Plague in India, 1896, 1897 - Volume 1
Year: 1896
Disease focus: Plague
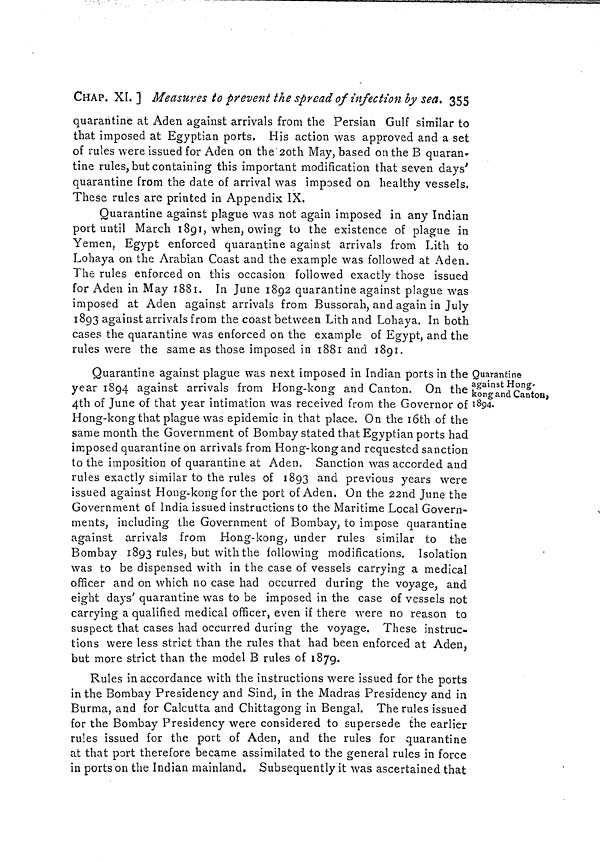
CHAP. XI. ] Measures to prevent the spread of infection by sea. 355
quarantine at Aden against arrivals from the Persian Gulf similar to
that imposed at Egyptian ports. His action was approved and a set
of rules were issued for Aden on the 2oth May, based on the B quaran-
tine rules, but containing this important modification that seven days'
quarantine from the date of arrival was imposed on healthy vessels.
These rules are printed in Appendix IX.
Quarantine against plague was not again imposed in any Indian
port until March 1891, when, owing to the existence of plague in
Yemen, Egypt enforced quarantine against arrivals from Lith to
Lohaya on the Arabian Coast and the example was followed at Aden.
The rules enforced on this occasion followed exactly those issued
for Aden in May 1881. In June 1892 quarantine against plague was
imposed at Aden against arrivals from Bussorah, and again in July
1893 against arrivals from the coast between Lith and Lohaya. In both
cases the quarantine was enforced on the example of Egypt, and the
rules were the same as those imposed in 1881 and 1891.
Quarantine
against Hong-
kong and Canton,
1894.
Quarantine against plague was next imposed in Indian ports in the
year 1894 against arrivals from Hong-kong and Canton. On the
4th of June of that year intimation was received from the Governor of
Hong-kong that plague was epidemic in that place. On the 16th of the
same month the Government of Bombay stated that Egyptian ports had
imposed quarantine on arrivals from Hong-kong and requested sanction
to the imposition of quarantine at Aden. Sanction was accorded and
rules exactly similar to the rules of 1893 and previous years were
issued against Hong-kong for the port of Aden. On the 22nd June the
Government of India issued instructions to the Maritime Local Govern-
ments, including the Government of Bombay, to impose quarantine
against arrivals from Hong-kong, under rules similar to the
Bombay 1893 rules, but with the following modifications. Isolation
was to be dispensed with in the case of vessels carrying a medical
officer and on which no case had occurred during the voyage, and
eight days' quarantine was to be imposed in the case of vessels not
carrying a qualified medical officer, even if there were no reason to
suspect that cases had occurred during the voyage. These instruc-
tions were less strict than the rules that had been enforced at Aden,
but more strict than the model B rules of 1879.
Rules in accordance with the instructions were issued for the ports
in the Bombay Presidency and Sind, in the Madras Presidency and in
Burma, and for Calcutta and Chittagong in Bengal. The rules issued
for the Bombay Presidency were considered to supersede the earlier
rules issued for the port of Aden, and the rules for quarantine
at that port therefore became assimilated to the general rules in force
in ports on the Indian mainland. Subsequently it was ascertained that